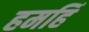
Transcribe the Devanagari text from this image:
हमहिं